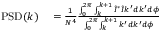
\begin{array} { r l } { \mathrm { P S D } ( k ) } & { { } = \frac { 1 } { N ^ { 4 } } \frac { \int _ { 0 } ^ { 2 \pi } \int _ { k } ^ { k + 1 } \tilde { I } ^ { * } \tilde { I } k ^ { \prime } d k ^ { \prime } d \phi } { \int _ { 0 } ^ { 2 \pi } \int _ { k } ^ { k + 1 } k ^ { \prime } d k ^ { \prime } d \phi } } \end{array}